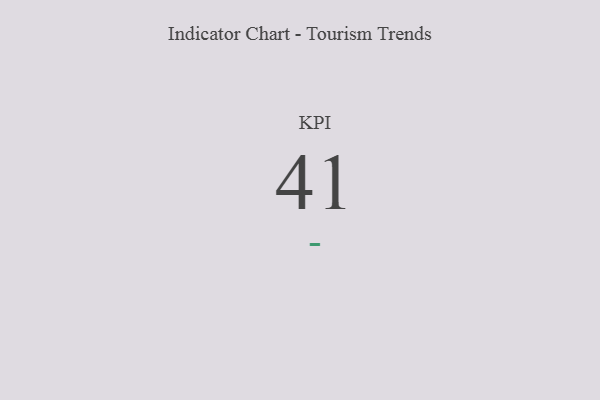
{"axis": {"x": "KPI", "y": "Value"}, "legend": [""], "data": [{"x": "KPI", "y": 41, "type": ""}]}